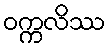
ဝက္ကလိဿ